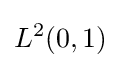
L^{2}(0,1)